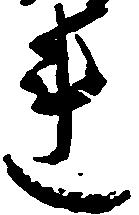
連